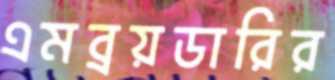
এমব্রয়ডারির